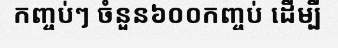
កញ្ចប់ៗ ចំនួន៦០០កញ្ចប់ ដើម្បី